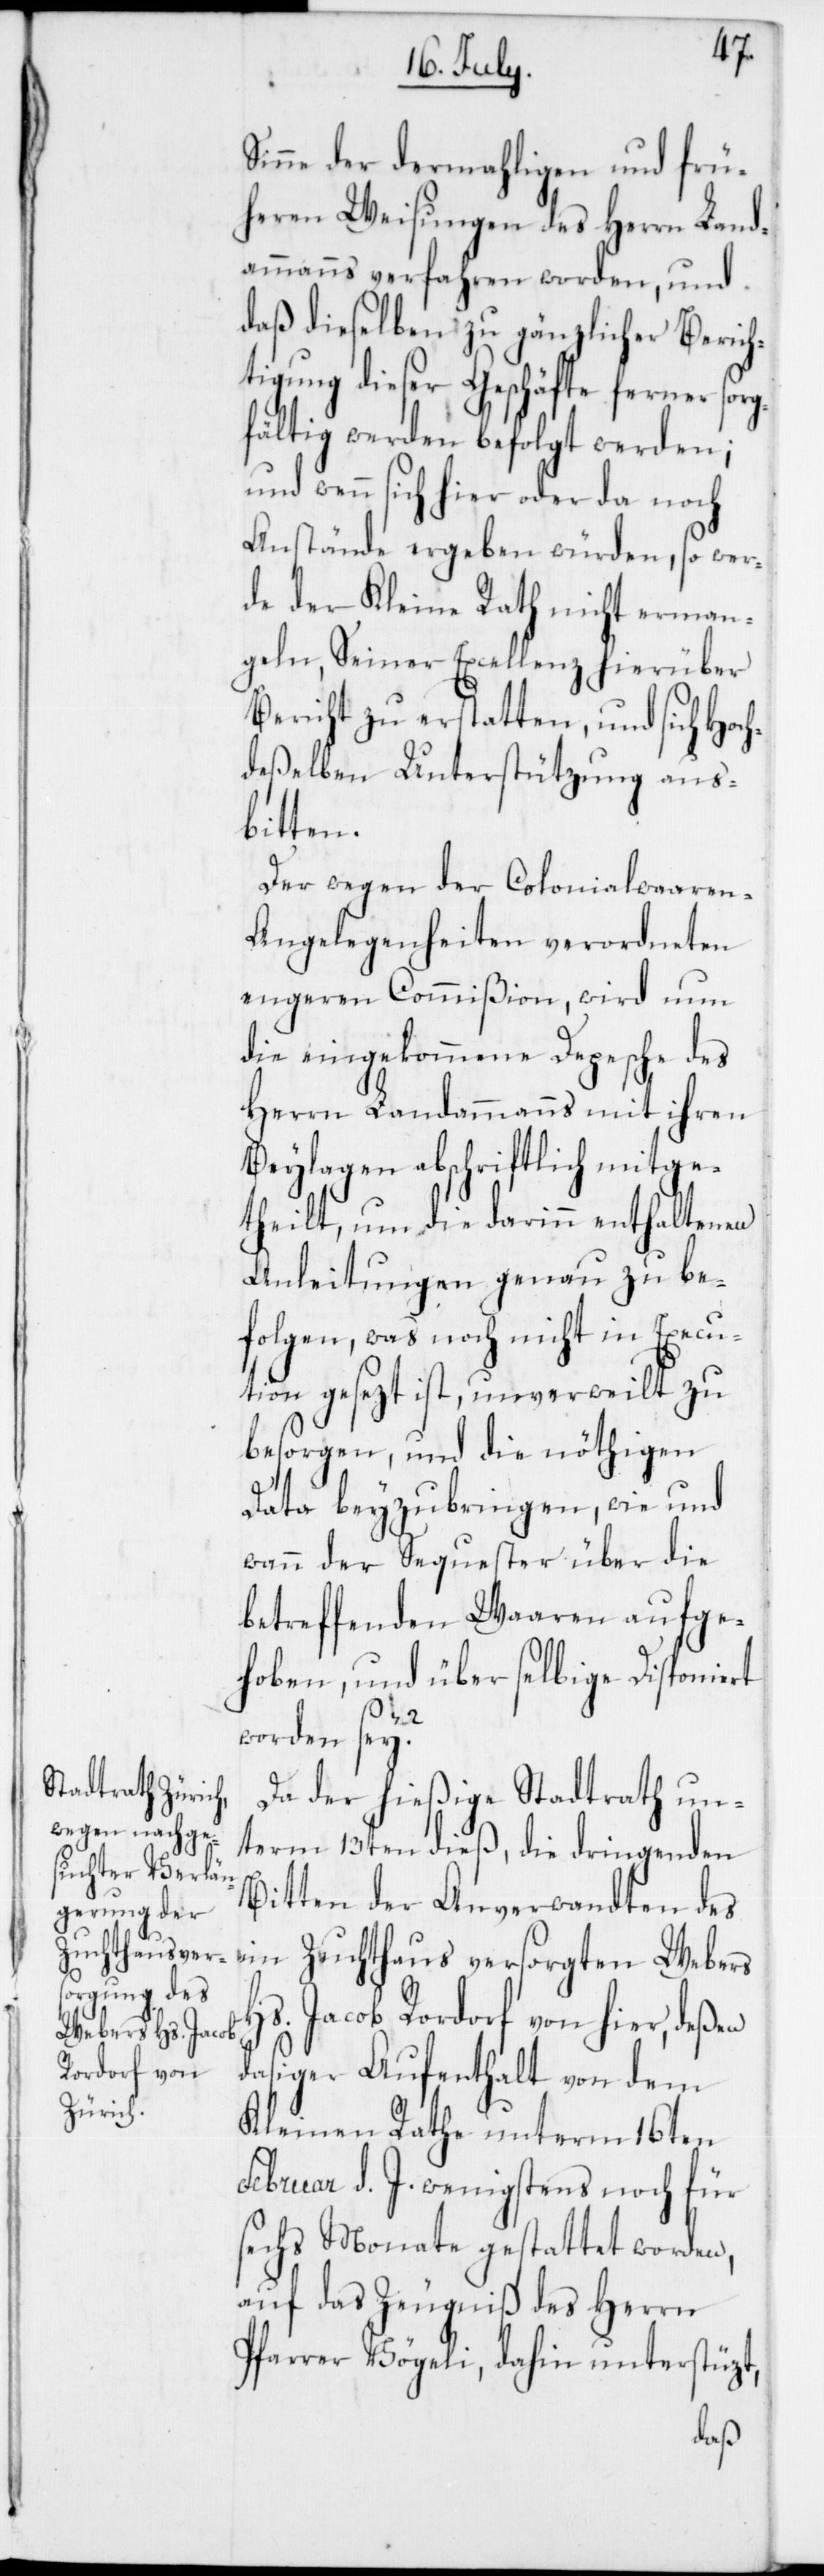
Sinne der dermahligen und frü¬
heren Weisungen des Herrn Land¬
ammanns verfahren worden, und
daß dieselben zu gänzlicher Berich¬
tigung dieser Geschäfte ferner sorg¬
fältig werden befolgt werden;
und wenn sich hier oder da noch
Anstände ergeben würden, so wer¬
de der Kleine Rath nicht erman¬
geln, Seiner Excellenz hierüber
Bericht zu erstatten, und sich Hoc¬
hdeßelben Unterstützung aus¬
bitten.
Der wegen der Colonialwaare¬
n-Angelegenheiten verordneten
engeren Commißion wird nun
die eingekommene Depesche des
Herrn Landammanns mit ihren
Beylagen abschriftlich mitge¬
theilt, um die darinn enthaltenen
Anleitungen genau zu be¬
folgen, was noch nicht in Execu¬
tion gesezt ist, unverweilt zu
besorgen, und die nöthigen
Data beyzubringen, wie und
wann der Sequester über die
betreffenden Waaren aufge¬
hoben, und über selbige Disponiert
worden sey?
Da der hießige Stadtrath un¬
term 13ten dieß, die dringenden
Bitten der Anverwandten des
im Zuchthaus versorgten Webers
Hs. Jacob Rordorf von hier, deßen
dasiger Aufenthalt von dem
Kleinen Rathe unterm 16ten
Februar d. J. wenigstens noch für
sechs Monate gestattet worden,
auf das Zeugniß des Herrn
Pfarrer Vögeli, dahin unterstüzt,